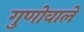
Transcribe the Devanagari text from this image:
गुणोवाले